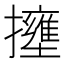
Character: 𱡍